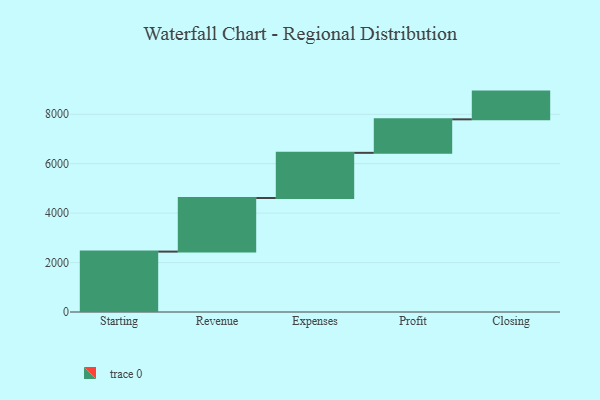
{"axis": {"x": "Step", "y": "Value"}, "legend": [""], "data": [{"x": "Starting", "y": 2444.0, "type": ""}, {"x": "Revenue", "y": 2168.0, "type": ""}, {"x": "Expenses", "y": 1828.0, "type": ""}, {"x": "Profit", "y": 1356.0, "type": ""}, {"x": "Closing", "y": 1122.0, "type": ""}]}